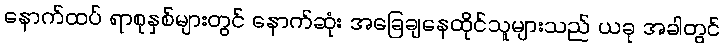
နောက်ထပ် ရာစုနှစ်များတွင် နောက်ဆုံး အခြေချနေထိုင်သူများသည် ယခု အခါတွင်